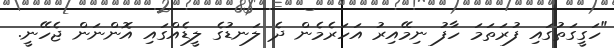
"ހަގީގަތުގައި ފުރަތަމަ ހާފު ނިމޭއިރު އަހަރެމެން ދެ ލަނޑުގެ ލީޑެއްގައި އޮންނަން ޖެހޭނީ.